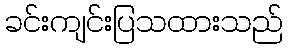
ခင်းကျင်းပြသထားသည်